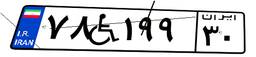
۹۸W۲۷۵۸۹